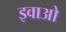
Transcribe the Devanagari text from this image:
इवाओ